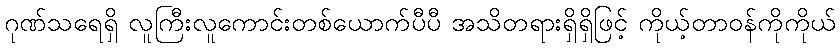
ဂုဏ်သရေရှိ လူကြီးလူကောင်းတစ်ယောက်ပီပီ အသိတရားရှိရှိဖြင့် ကိုယ့်တာဝန်ကိုကိုယ်